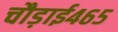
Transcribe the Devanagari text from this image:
चौड़ाई४६५